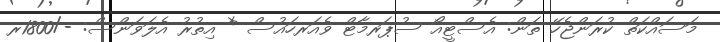
މަސައްކަތް ކުރަންޖެހޭ ތަން: އެސްޓީއޯ ސުޕަރމާޓް ވެއަރހައުސް * އިތުރު އެލަވަންސް: -/1800ރ